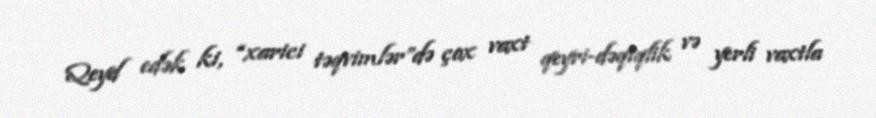
Qeyd edək ki, “xarici təqvimlər”də çox vaxt qeyri-dəqiqlik və yerli vaxtla